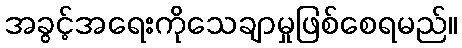
အခွင့်အရေးကိုသေချာမှုဖြစ်စေရမည်။